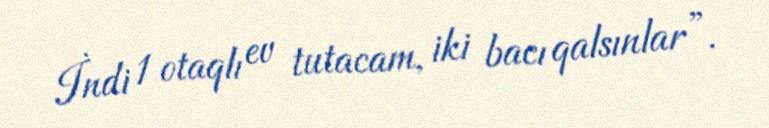
İndi 1 otaqlı ev tutacam, iki bacı qalsınlar”.